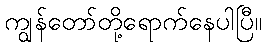
ကျွန်တော်တို့ရောက်နေပါပြီ။